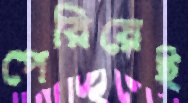
পেরিয়েই